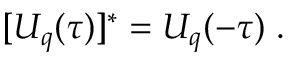
[ U _ { q } ( \tau ) ] ^ { * } = U _ { q } ( - \tau ) \; .